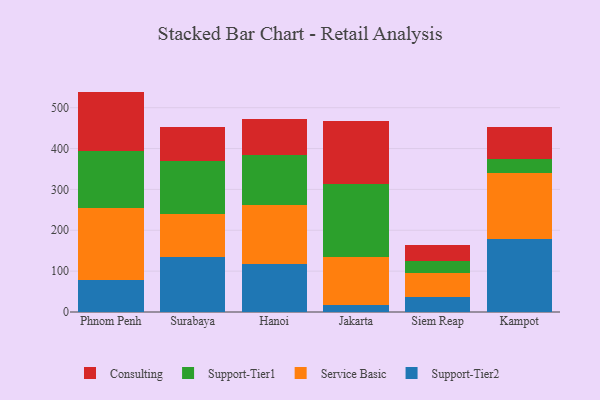
{"axis": {"x": "City", "y": "Churn Rate (%)"}, "legend": ["Consulting", "Service Basic", "Support-Tier1", "Support-Tier2"], "data": [{"x": "Phnom Penh", "y": 78.0, "type": "Support-Tier2"}, {"x": "Phnom Penh", "y": 176.7, "type": "Service Basic"}, {"x": "Phnom Penh", "y": 140.3, "type": "Support-Tier1"}, {"x": "Phnom Penh", "y": 144.4, "type": "Consulting"}, {"x": "Surabaya", "y": 133.9, "type": "Support-Tier2"}, {"x": "Surabaya", "y": 105.9, "type": "Service Basic"}, {"x": "Surabaya", "y": 129.8, "type": "Support-Tier1"}, {"x": "Surabaya", "y": 84.3, "type": "Consulting"}, {"x": "Hanoi", "y": 117.5, "type": "Support-Tier2"}, {"x": "Hanoi", "y": 145.0, "type": "Service Basic"}, {"x": "Hanoi", "y": 122.9, "type": "Support-Tier1"}, {"x": "Hanoi", "y": 86.7, "type": "Consulting"}, {"x": "Jakarta", "y": 18.0, "type": "Support-Tier2"}, {"x": "Jakarta", "y": 117.6, "type": "Service Basic"}, {"x": "Jakarta", "y": 178.3, "type": "Support-Tier1"}, {"x": "Jakarta", "y": 153.3, "type": "Consulting"}, {"x": "Siem Reap", "y": 37.3, "type": "Support-Tier2"}, {"x": "Siem Reap", "y": 59.3, "type": "Service Basic"}, {"x": "Siem Reap", "y": 28.1, "type": "Support-Tier1"}, {"x": "Siem Reap", "y": 39.4, "type": "Consulting"}, {"x": "Kampot", "y": 178.1, "type": "Support-Tier2"}, {"x": "Kampot", "y": 161.5, "type": "Service Basic"}, {"x": "Kampot", "y": 34.5, "type": "Support-Tier1"}, {"x": "Kampot", "y": 78.9, "type": "Consulting"}]}